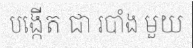
បង្កើត ជា របាំង មួយ